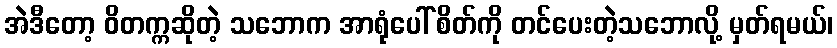
အဲဒီတော့ ဝိတက္ကဆိုတဲ့ သဘောက အာရုံပေါ် စိတ်ကို တင်ပေးတဲ့သဘောလို့ မှတ်ရမယ်၊